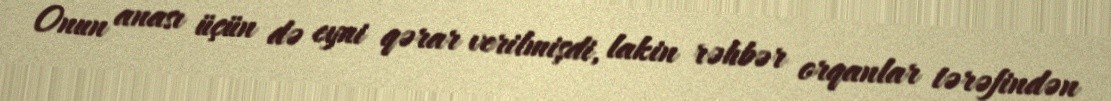
Onun anası üçün də eyni qərar verilmişdi, lakin rəhbər orqanlar tərəfindən